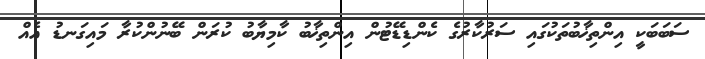
ސަބަބަކީ އިންތިޚާބުތަކުގައި ސަރުކާރުގެ ކެންޑިޑޭޓުން އިންތިޚާބު ކާމިޔާބު ކުރަން ބޭނުންކުރާ މައިގަނޑު އެއް